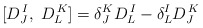
\begin{align*} [D^{\,I}_J,\;D^{\,K}_L] = \delta^K_J D^{\,I}_L -\delta^I_L D^{\,K}_J\end{align*}